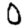
Digit: 0